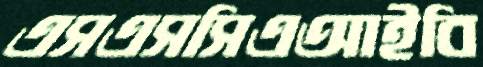
এসএসসিএআইবি